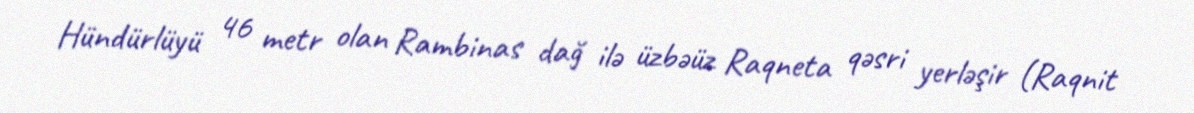
Hündürlüyü 46 metr olan Rambinas dağ ilə üzbəüz Raqneta qəsri yerləşir (Raqnit